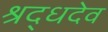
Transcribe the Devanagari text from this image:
श्रद्धदेव